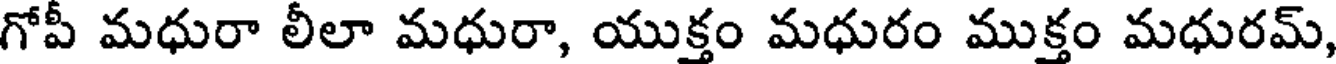
గోపీ మధురా లీలా మధురా, యుక్తం మధురం ముక్తం మధురమ్,